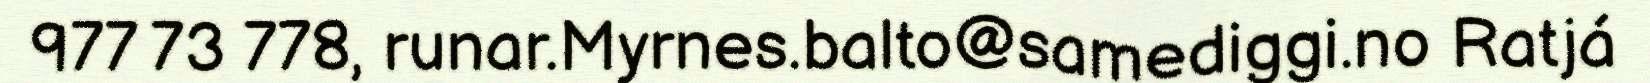
977 73 778, runar.Myrnes.balto@samediggi.no Ratjá